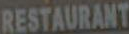
RESTAURANT